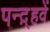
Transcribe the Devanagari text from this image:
पन्द़्हवें